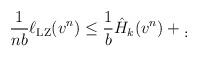
LaTeX: \begin{align*}{1\over nb}\ell_{\rm LZ}(v^n)&\leq {1\over b} \hat{H}_k(v^n)+\d.\end{align*}